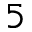
5